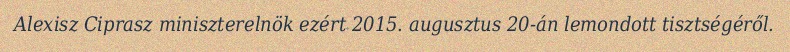
Alexisz Ciprasz miniszterelnök ezért 2015. augusztus 20-án lemondott tisztségéről.